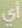
أي